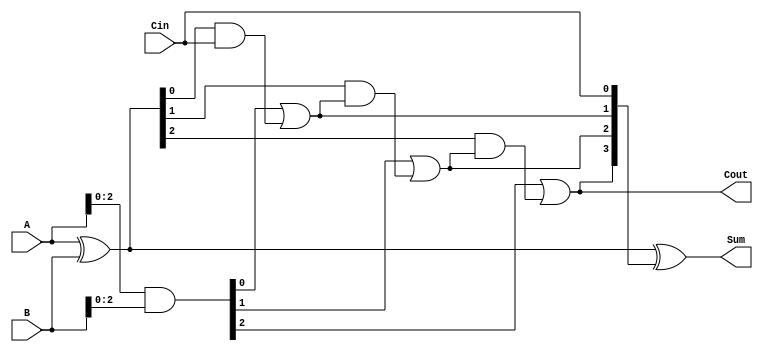
module ConditionalSumFullAdder #(parameter n = 4) (
    input  [n-1:0] A,      // First input operand
    input  [n-1:0] B,      // Second input operand
    input          Cin,     // Carry input
    output [n-1:0] Sum,     // Resulting sum
    output         Cout      // Carry output
);

    // Intermediate signals for partial sums and generates
    wire [n-1:0] P; // Propagate
    wire [n-1:0] G; // Generate
    wire [n:0] C;   // Carry signals

    // Generate and Propagate calculations
    assign P = A ^ B; // Partial sum without carry
    assign G = A & B; // Generate carry

    // Carry calculations
    assign C[0] = Cin; // Initial carry
    genvar i;
    generate
        for (i = 1; i < n; i = i + 1) begin : carry_calc
            assign C[i] = G[i-1] | (P[i-1] & C[i-1]);
        end
    endgenerate
    assign Cout = C[n-1]; // Final carry out

    // Sum calculations
    assign Sum = P ^ C[n-1:0]; // Final sum

endmodule